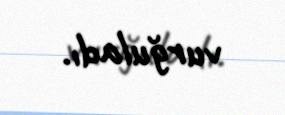
vurğuladı.